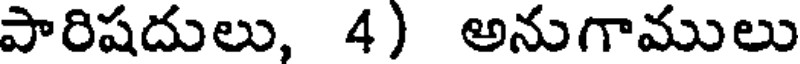
పారిషదులు, 4) అనుగాములు